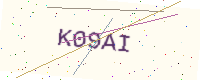
Text: K09AI